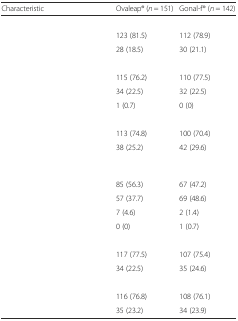
<table><thead><tr><td><b>Characteristic</b></td><td><b>Ovaleap® (<i>n</i> = 151)</b></td><td><b>Gonal-f® (<i>n</i> = 142)</b></td></tr></thead><tbody><tr><td>[EMPTY_CELL]</td><td>[EMPTY_CELL]</td><td>[EMPTY_CELL]</td></tr><tr><td>[EMPTY_CELL]</td><td>123 (81.5)</td><td>112 (78.9)</td></tr><tr><td>[EMPTY_CELL]</td><td>28 (18.5)</td><td>30 (21.1)</td></tr><tr><td>[EMPTY_CELL]</td><td>[EMPTY_CELL]</td><td>[EMPTY_CELL]</td></tr><tr><td>[EMPTY_CELL]</td><td>115 (76.2)</td><td>110 (77.5)</td></tr><tr><td>[EMPTY_CELL]</td><td>34 (22.5)</td><td>32 (22.5)</td></tr><tr><td>[EMPTY_CELL]</td><td>1 (0.7)</td><td>0 (0)</td></tr><tr><td>[EMPTY_CELL]</td><td>[EMPTY_CELL]</td><td>[EMPTY_CELL]</td></tr><tr><td>[EMPTY_CELL]</td><td>113 (74.8)</td><td>100 (70.4)</td></tr><tr><td>[EMPTY_CELL]</td><td>38 (25.2)</td><td>42 (29.6)</td></tr><tr><td>[EMPTY_CELL]</td><td>[EMPTY_CELL]</td><td>[EMPTY_CELL]</td></tr><tr><td>[EMPTY_CELL]</td><td>85 (56.3)</td><td>67 (47.2)</td></tr><tr><td>[EMPTY_CELL]</td><td>57 (37.7)</td><td>69 (48.6)</td></tr><tr><td>[EMPTY_CELL]</td><td>7 (4.6)</td><td>2 (1.4)</td></tr><tr><td>[EMPTY_CELL]</td><td>0 (0)</td><td>1 (0.7)</td></tr><tr><td>[EMPTY_CELL]</td><td>[EMPTY_CELL]</td><td>[EMPTY_CELL]</td></tr><tr><td>[EMPTY_CELL]</td><td>117 (77.5)</td><td>107 (75.4)</td></tr><tr><td>[EMPTY_CELL]</td><td>34 (22.5)</td><td>35 (24.6)</td></tr><tr><td>[EMPTY_CELL]</td><td>[EMPTY_CELL]</td><td>[EMPTY_CELL]</td></tr><tr><td>[EMPTY_CELL]</td><td>116 (76.8)</td><td>108 (76.1)</td></tr><tr><td>[EMPTY_CELL]</td><td>35 (23.2)</td><td>34 (23.9)</td></tr></tbody></table>